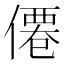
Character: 僊